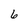
Character: 6